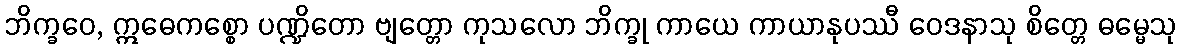
ဘိက္ခဝေ, ဣဓေကစ္စော ပဏ္ဍိတော ဗျတ္တော ကုသလော ဘိက္ခု ကာယေ ကာယာနုပဿီ ဝေဒနာသု စိတ္တေ ဓမ္မေသု